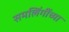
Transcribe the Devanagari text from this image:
समलिंगींच्या